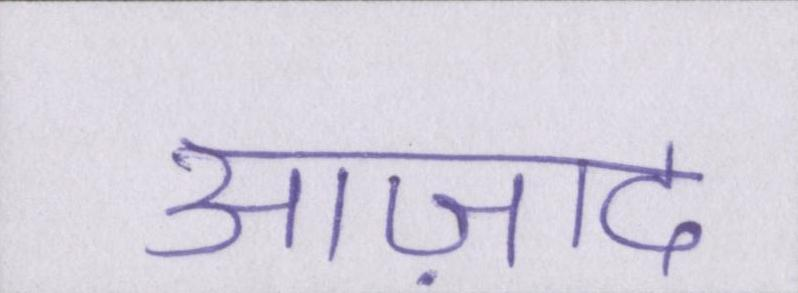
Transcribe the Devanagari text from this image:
आज़ाद